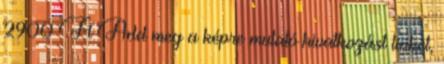
2900 Ft Add meg a képre mutató hivatkozást linket,